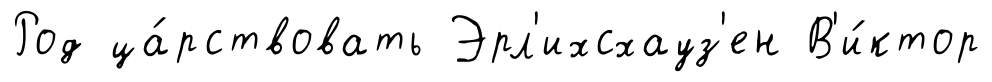
Род ца́рствовать Эрл'ихсхауз'ен В'и́ктор